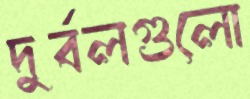
দুর্বলগুলো